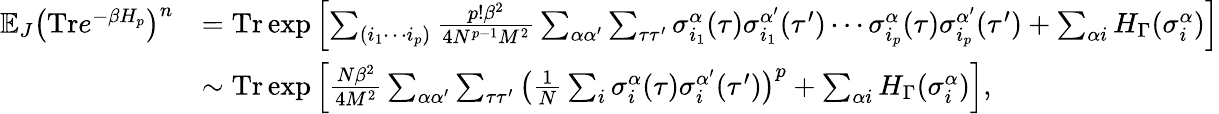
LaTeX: \begin{array}{rl}{\mathbb{E}_{J}\big(\textrm{Tr}e^{-\beta H_{p}}\big)^{n}}&{=\textrm{Tr}\exp{\left[\sum_{(i_{1}\cdots i_{p})}\frac{p!\beta^{2}}{4N^{p-1}M^{2}}\sum_{\alpha\alpha^{\prime}}\sum_{\tau\tau^{\prime}}\sigma_{i_{1}}^{\alpha}(\tau)\sigma_{i_{1}}^{\alpha^{\prime}}(\tau^{\prime})\cdots\sigma_{i_{p}}^{\alpha}(\tau)\sigma_{i_{p}}^{\alpha^{\prime}}(\tau^{\prime})+\sum_{\alpha i}H_{\Gamma}(\sigma_{i}^{\alpha})\right]}}\\ &{\sim\textrm{Tr}\exp{\left[\frac{N\beta^{2}}{4M^{2}}\sum_{\alpha\alpha^{\prime}}\sum_{\tau\tau^{\prime}}\left(\frac{1}{N}\sum_{i}\sigma_{i}^{\alpha}(\tau)\sigma_{i}^{\alpha^{\prime}}(\tau^{\prime})\right)^{p}+\sum_{\alpha i}H_{\Gamma}(\sigma_{i}^{\alpha})\right]},}\end{array}